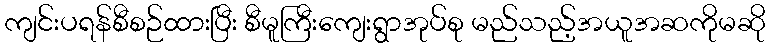
ကျင်းပရန်စီစဉ်ထားပြီး စီမူကြီးကျေးရွာအုပ်စု မည်သည့်အယူအဆကိုမဆို